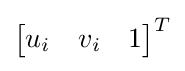
{\begin{bmatrix}u_{i}&v_{i}&1\end{bmatrix}}^{T}